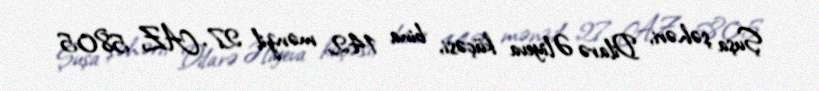
Şuşa şəhəri, Dilarə Əliyeva küçəsi, bina 142, mənzil 27, AZ 5805